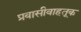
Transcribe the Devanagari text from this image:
प्रवासीवाहतूक